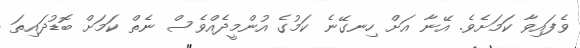
ވެފައިވާ ކަމަށެވެ. އޭނާ އަށް ހިނގޭނެ ކަމުގެ އުންމީދެއްވެސް ނެތް ކަމަށް ބޮޑުދައިތަ